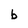
Character: b